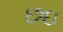
છઇ